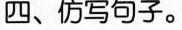
四、仿写句子。